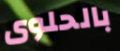
بالحلوى